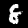
Digit: 8